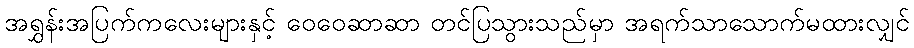
အရွှန်းအပြက်ကလေးများနှင့် ဝေဝေဆာဆာ တင်ပြသွားသည်မှာ အရက်သာသောက်မထားလျှင်